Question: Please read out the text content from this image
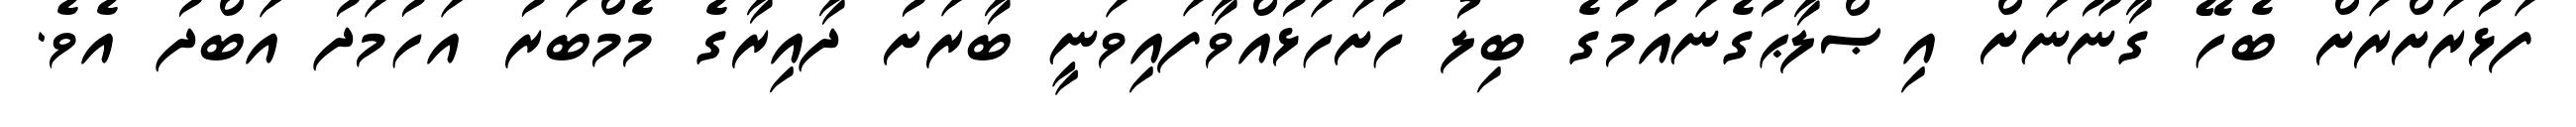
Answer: ފަޅުރަށްރަށް ބެހޭ ގާނޫނަށް އިޞްލާޙުގެނައުމުގެ ބިލު ހުށަހަޅުއްވާފައިވަނީ ބާރަށު ދާއިރާގެ މެމްބަރު އަހުމަދު އަބްދު އެވެ.